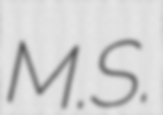
M.S.